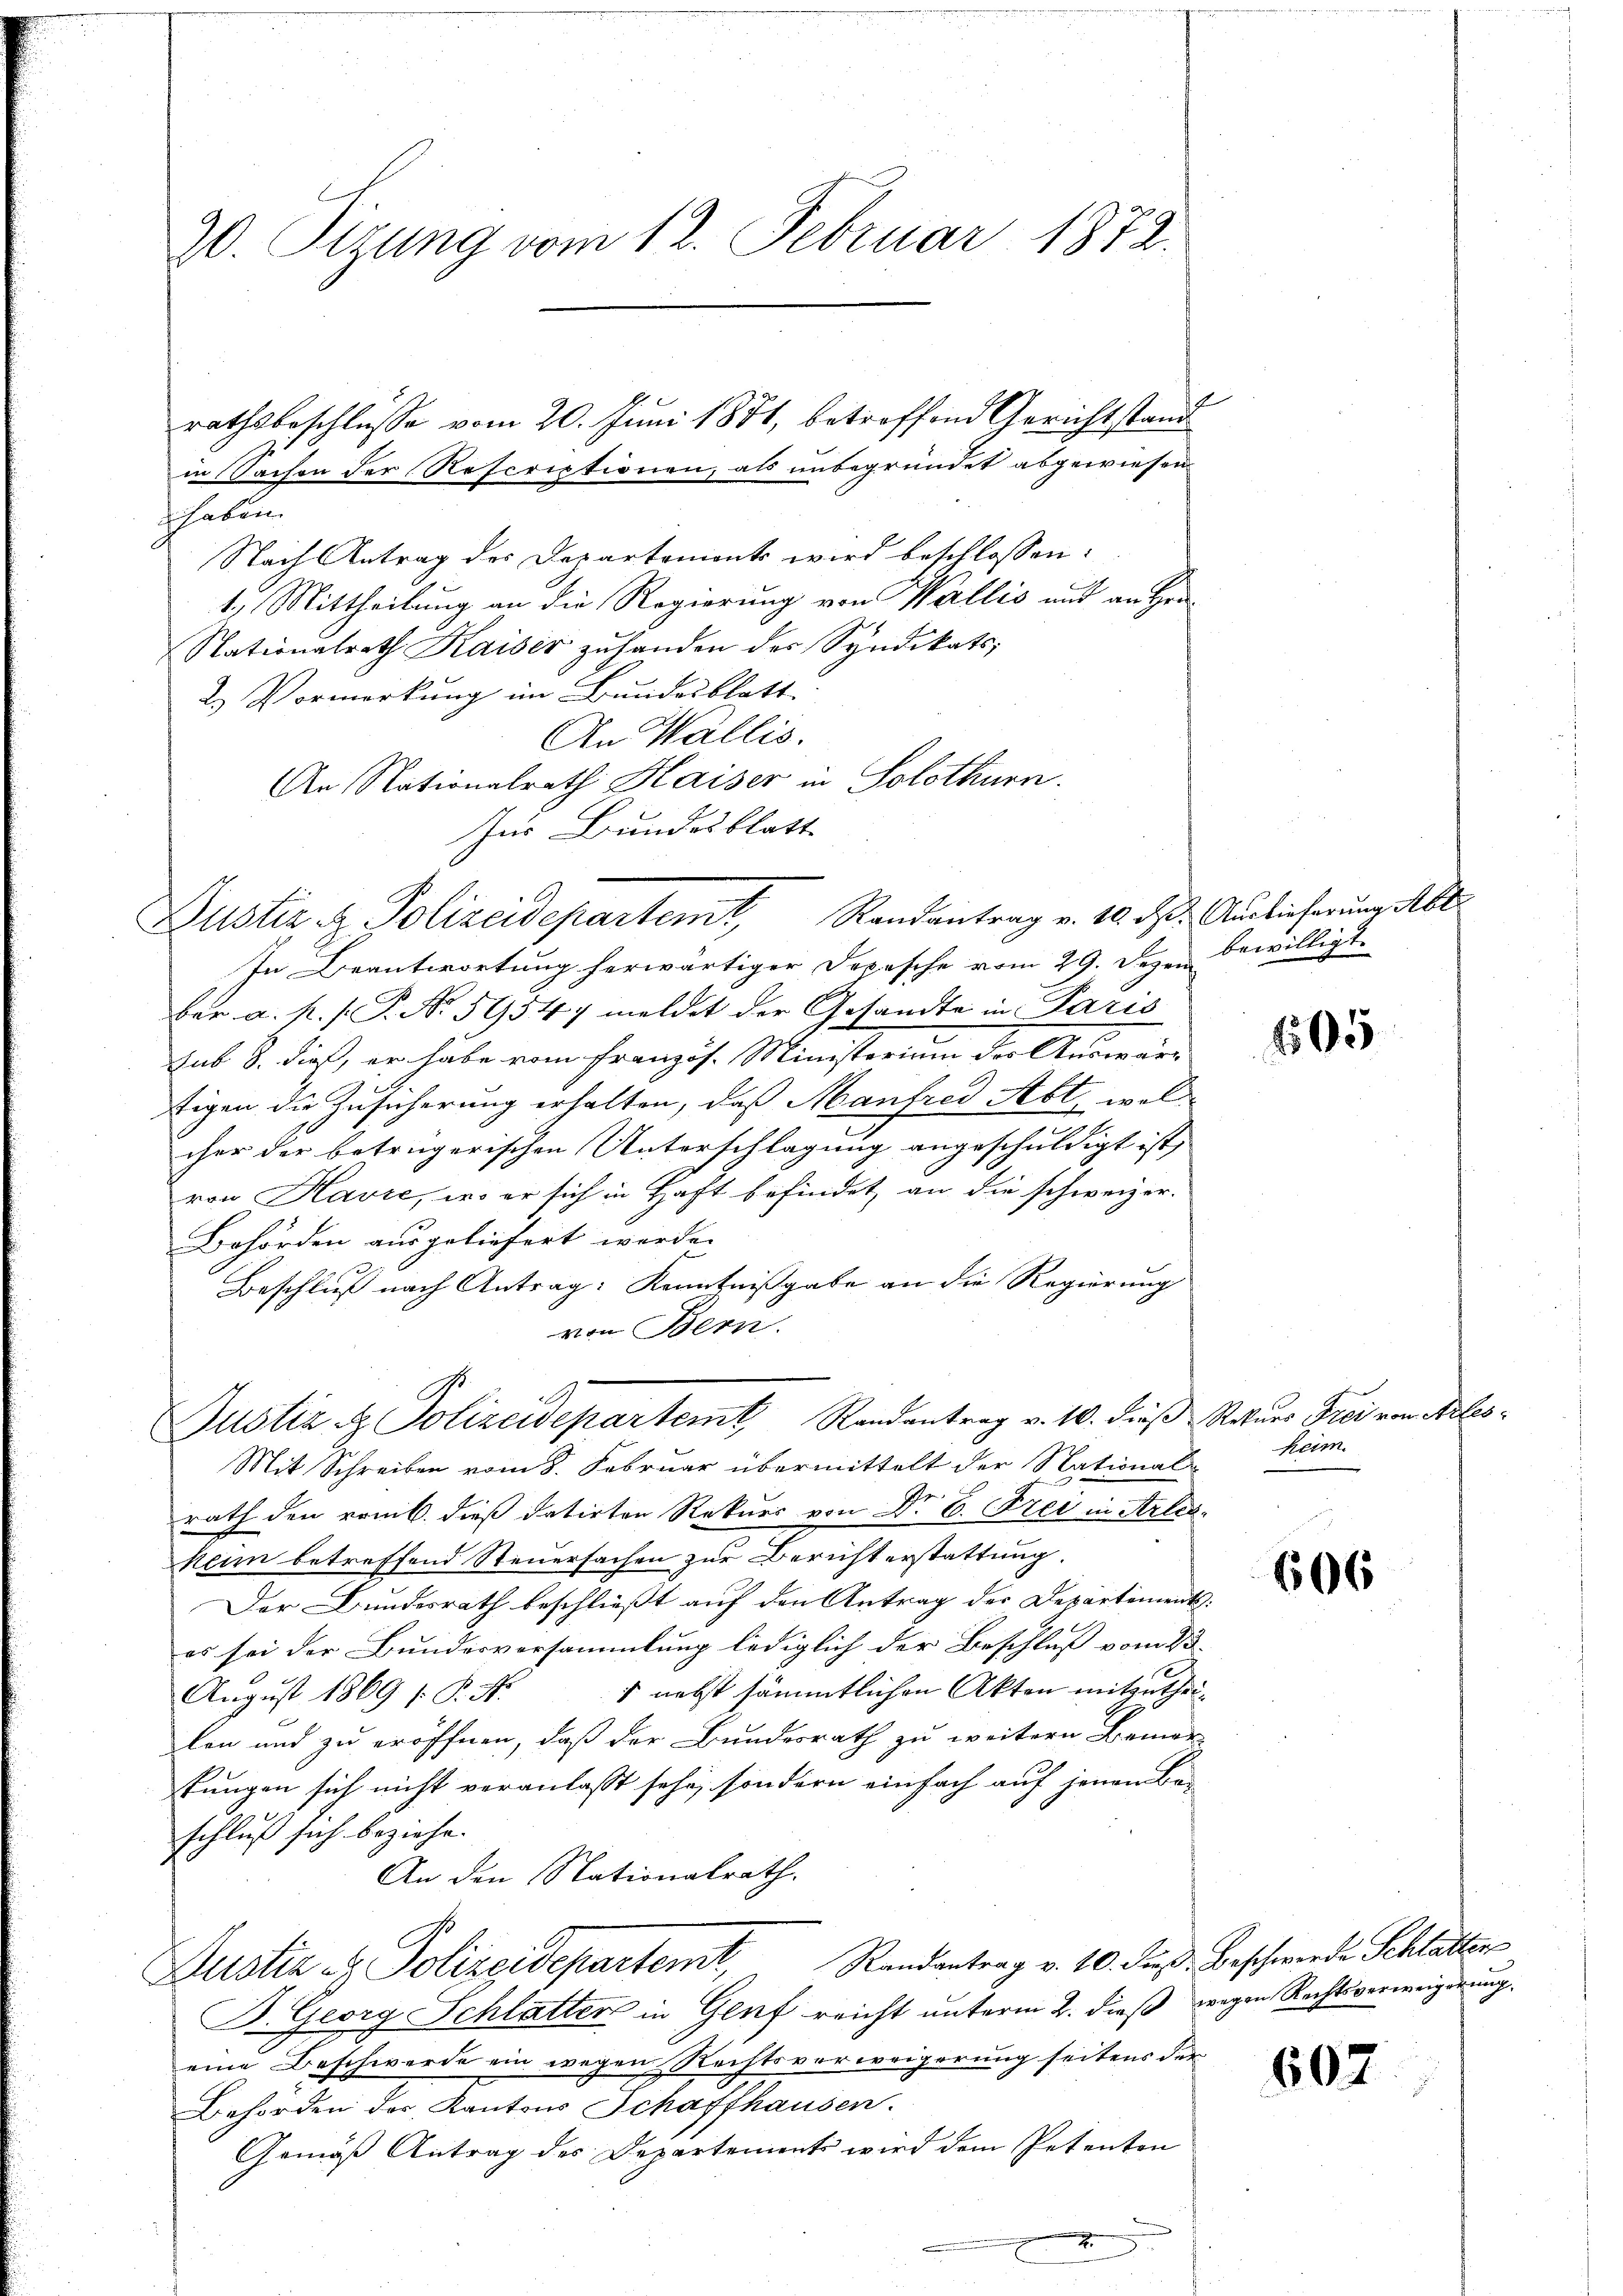
30. Sirung vom 12. Februar 1872.

in Sachen der Rescriptionen, als unbegründet abgewiesen
haben.
Nach Antrag des Departement wird beschlossen:
1.) Mittheilung an die Regierung von Wallis und an Hrn
Nationalrath Kaiser zŭ handen der Syndikats,
2.) Vormerkung im Bundesblatt
An Wallis.
An Nationalrath Haiser in Solothurn.
Zur Bundesblatt
Randantrag v. 10. d. Auslieferung Abt.
In Beantwortung herwärtiger Depesche vom 29. Dezen bewilligt.
ber a. p. P. No. 5954) meldet der Gesandte in Paris
sub 8. dieß, er habe vom französ. Ministerium des Auswärtigen die Zusicherung erhalten, daß Manfred Abt, welcher der betrügerischen Unterschlagung angeschuldigt ist,
von Havre, wo er sich in Haft befindet, an die schweizer.
Behörden ausgeliefert werde.
Beschluß nach Antrag: Kenntnißgabe an die Regierung
von Bern.
A.
Justiz & Polizeidepartem Randantrag v. 10. dieß Naturs Frei von Ales¬
Mit Schreiben vom 8. Februar übermittelt der Nationalrath den remb. dieß datirten Rekurs von Dr. C. Frei in Arles
keim betreffend Steuersachen zur Bericht erstattung.
Der Bundesrath beschließt auf den Antrag der Departements
es sei der Bundesversammlung lediglich der Beschluß vom 23.
 nebst sämmtlichen Akten mitzuthei¬
August 1869 f. P. Nr.
len und zu eröffnen, daß der Bundesrath zu weitern Bemerkungen sich nicht veranlasst sehe, sondern einfach auf jenen Be-
schluß sich beziehe.
An den Nationalrath.
Justiz & Polizeidepartemt, Randantrag v. 10. des Beschwerde Schlatter
B. Georg Schlatter in Genf reicht unterm 2. dieß wegen Rechtsverweigerung.
eine Beschwerde ein wegen Rechtsverweigerung seitens der
Behörden des Kantons Schaffhausen.
Gemäß Antrag des Departement wird dem Petenten
x

Justiz, z. Polizeidepartemt,

rathsbeschlüsse vom 20. Juni 1881, betroffend Gerichtstand

14

1505

heim.

606

607